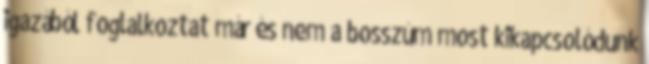
igazából foglalkoztat már és nem a bosszúm most kikapcsolódunk